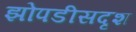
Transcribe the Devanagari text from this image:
झोपडीसदृश